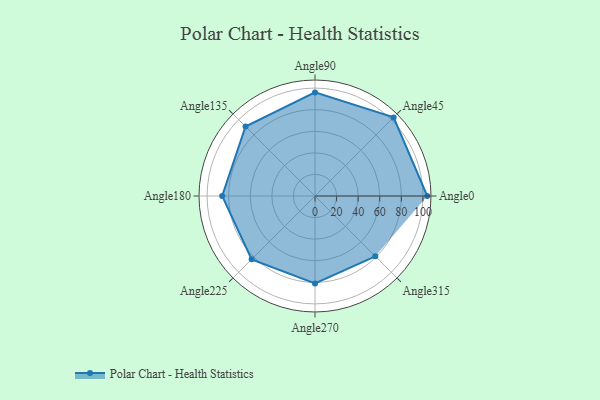
{"axis": {"x": "Angle", "y": "Radius"}, "legend": [""], "data": [{"x": "Angle0", "y": 104.0, "type": ""}, {"x": "Angle45", "y": 103.0, "type": ""}, {"x": "Angle90", "y": 96.0, "type": ""}, {"x": "Angle135", "y": 91.0, "type": ""}, {"x": "Angle180", "y": 86.0, "type": ""}, {"x": "Angle225", "y": 83.0, "type": ""}, {"x": "Angle270", "y": 81.0, "type": ""}, {"x": "Angle315", "y": 79.0, "type": ""}]}